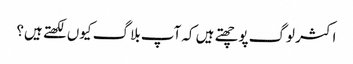
اکثر لوگ پوچھتے ہیں کہ آپ بلاگ کیوں لکھتے ہیں؟